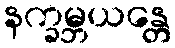
နက္ခမ္ဘယန္တေ